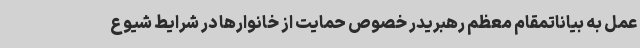
عمل به بیاناتمقام معظم رهبریدر خصوص حمایت از خانوارها در شرایط شیوع